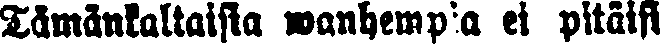
Tämänkaltaisia wanhempia ei pitäisi